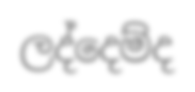
ලද්දෙම්ද